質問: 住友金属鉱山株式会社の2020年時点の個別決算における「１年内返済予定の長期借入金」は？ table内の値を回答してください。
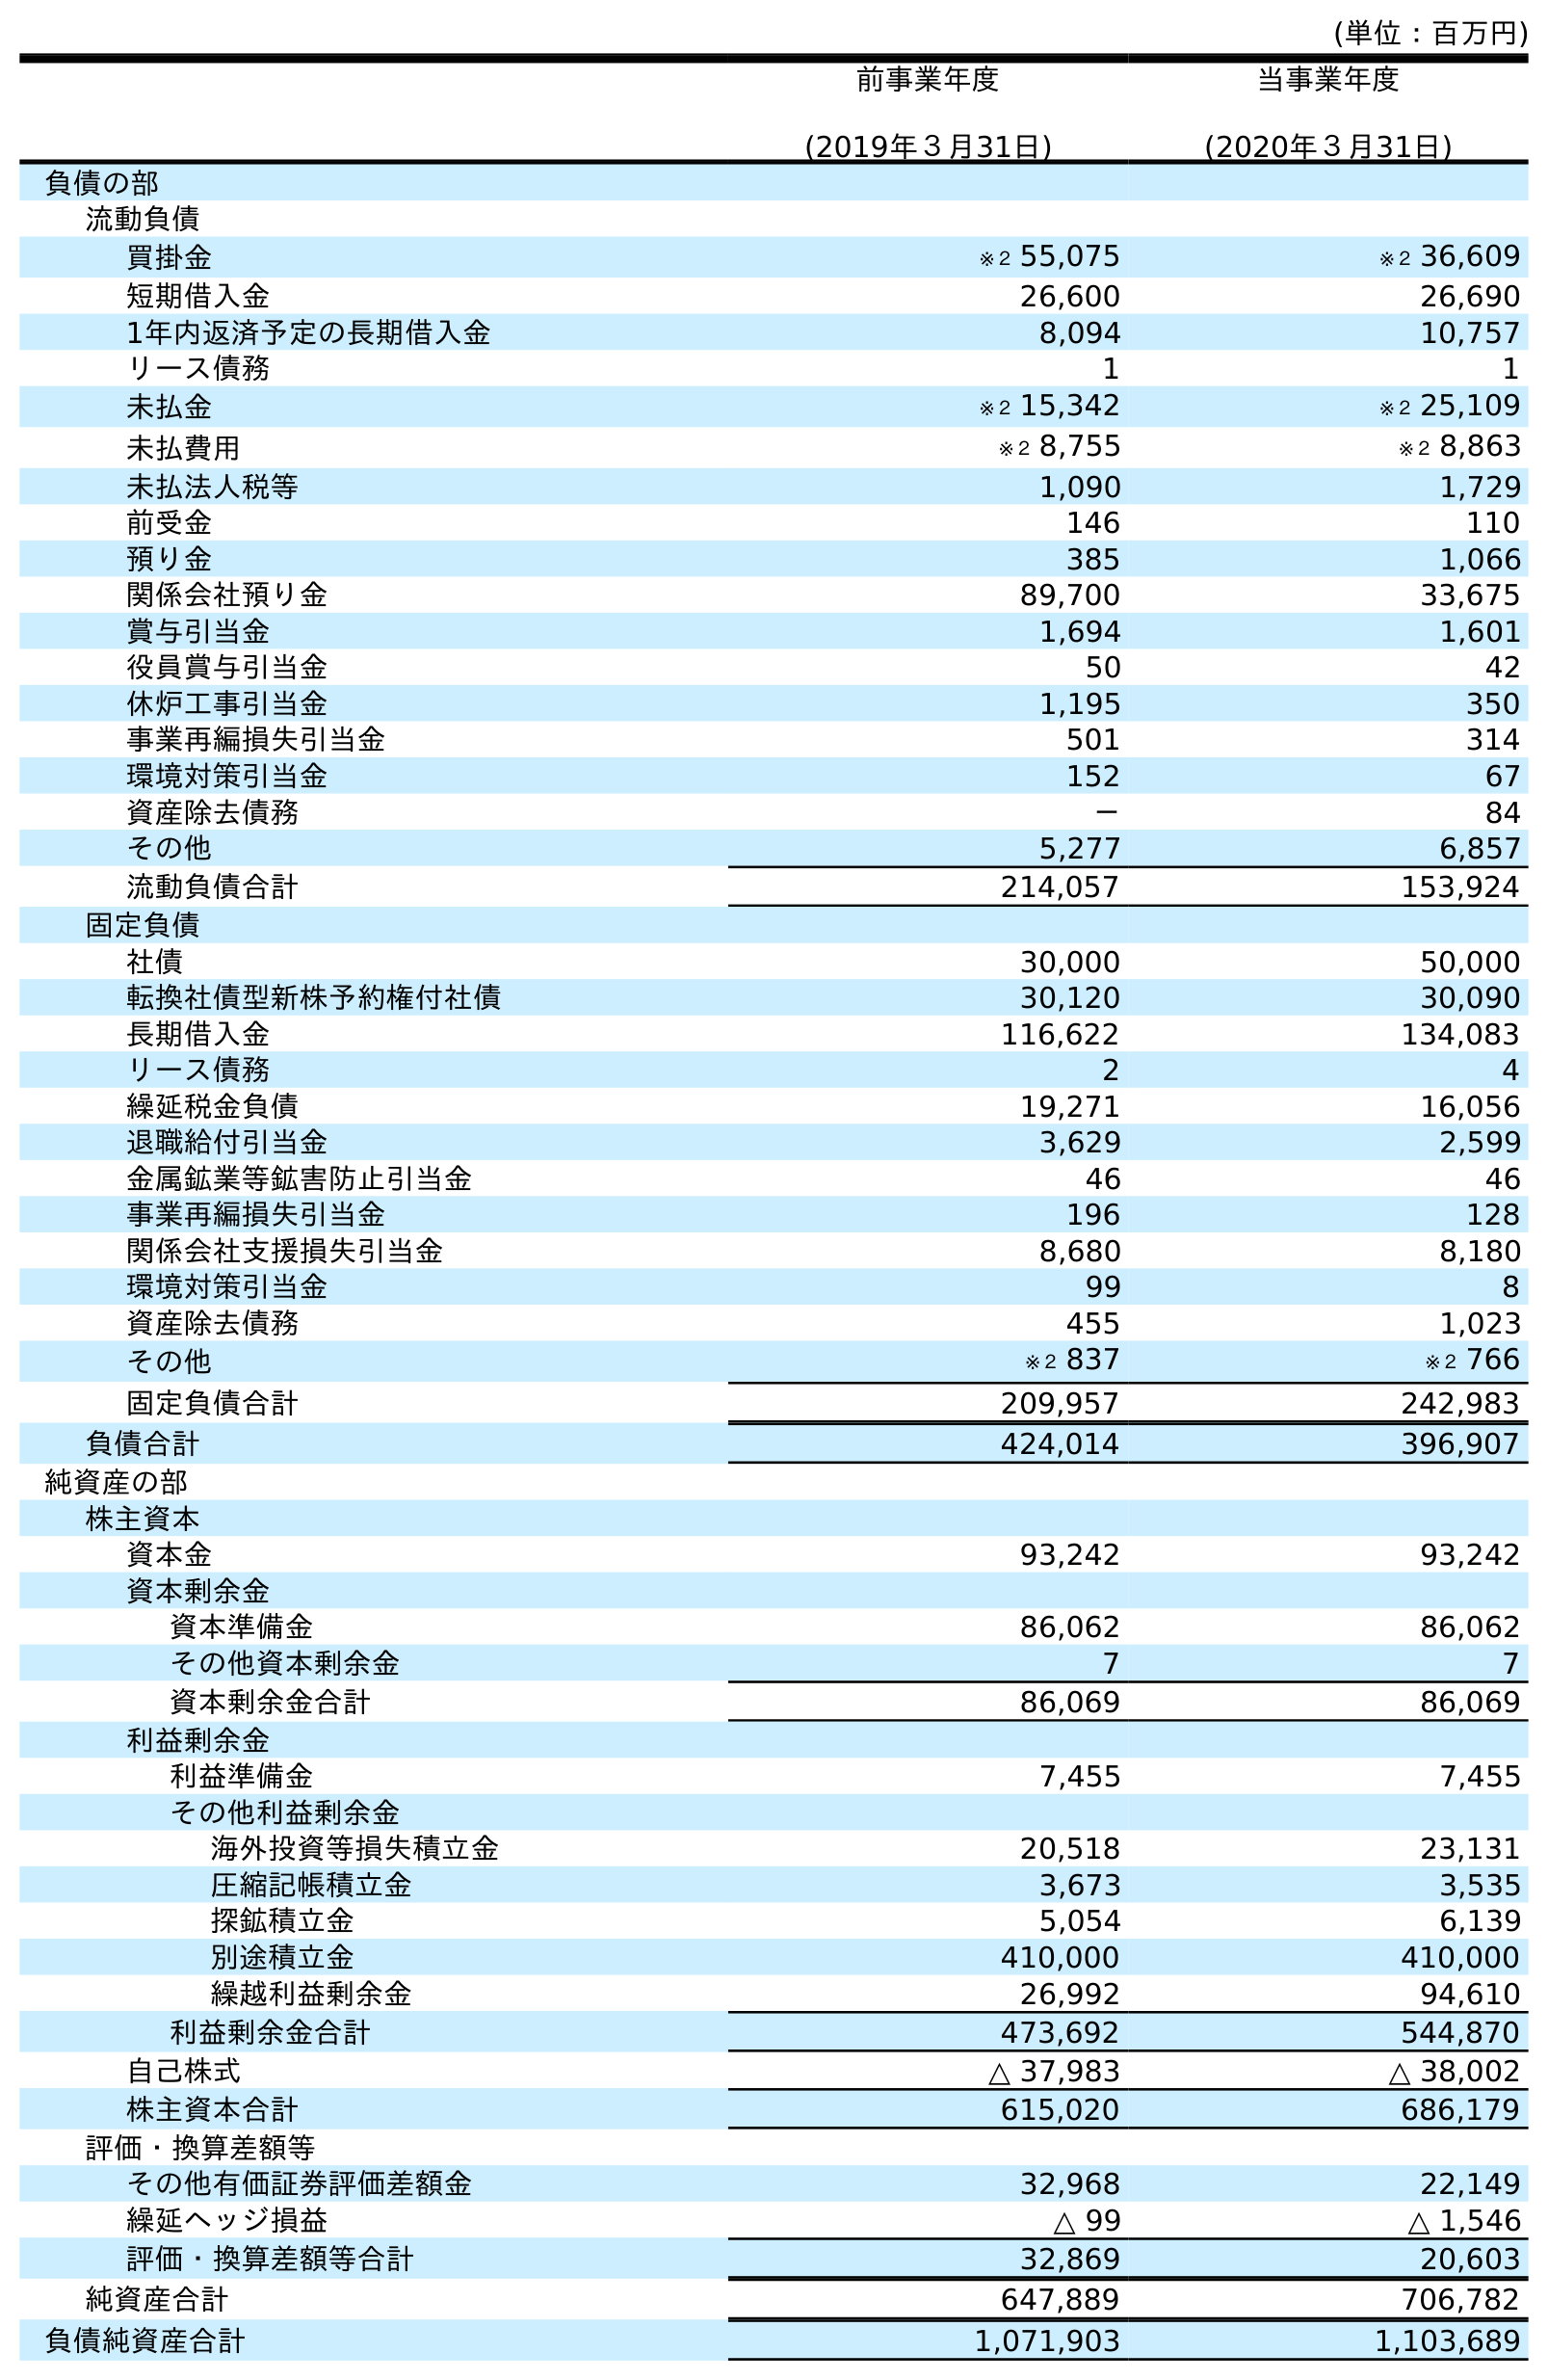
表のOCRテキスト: (単位：百万円) 前事業年度 (2019年３月31日) 当事業年度 (2020年３月31日) 負債の部 流動負債 買掛金 ※２ 55,075 ※２ 36,609 短期借入金 26,600 26,690 1年内返済予定の長期借入金 8,094 10,757 リース債務 1 1 未払金 ※２ 15,342 ※２ 25,109 未払費用 ※２ 8,755 ※２ 8,863 未払法人税等 1,090 1,729 前受金 146 110 預り金 385 1,066 関係会社預り金 89,700 33,675 賞与引当金 1,694 1,601 役員賞与引当金 50 42 休炉工事引当金 1,195 350 事業再編損失引当金 501 314 環境対策引当金 152 67 資産除去債務 － 84 その他 5,277 6,857 流動負債合計 214,057 153,924 固定負債 社債 30,000 50,000 転換社債型新株予約権付社債 30,120 30,090 長期借入金 116,622 134,083 リース債務 2 4 繰延税金負債 19,271 16,056 退職給付引当金 3,629 2,599 金属鉱業等鉱害防止引当金 46 46 事業再編損失引当金 196 128 関係会社支援損失引当金 8,680 8,180 環境対策引当金 99 8 資産除去債務 455 1,023 その他 ※２ 837 ※２ 766 固定負債合計 209,957 242,983 負債合計 424,014 396,907 純資産の部 株主資本 資本金 93,242 93,242 資本剰余金 資本準備金 86,062 86,062 その他資本剰余金 7 7 資本剰余金合計 86,069 86,069 利益剰余金 利益準備金 7,455 7,455 その他利益剰余金 海外投資等損失積立金 20,518 23,131 圧縮記帳積立金 3,673 3,535 探鉱積立金 5,054 6,139 別途積立金 410,000 410,000 繰越利益剰余金 26,992 94,610 利益剰余金合計 473,692 544,870 自己株式 △ 37,983 △ 38,002 株主資本合計 615,020 686,179 評価・換算差額等 その他有価証券評価差額金 32,968 22,149 繰延ヘッジ損益 △ 99 △ 1,546 評価・換算差額等合計 32,869 20,603 純資産合計 647,889 706,782 負債純資産合計 1,071,903 1,103,689
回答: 10,757